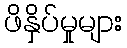
ဖိနှိပ်မှုများ